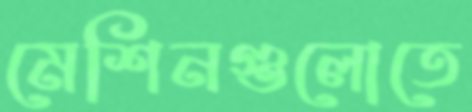
মেশিনগুলোতে